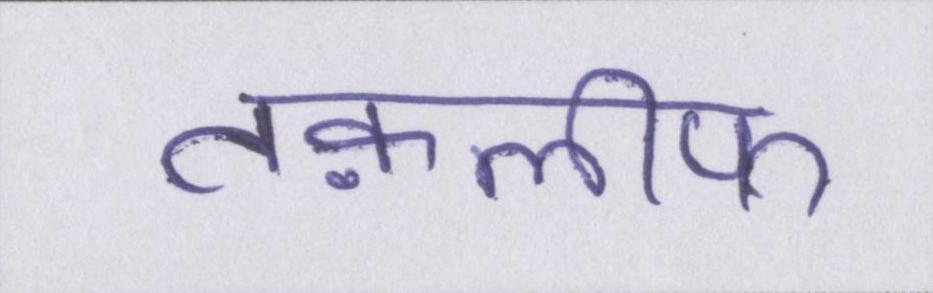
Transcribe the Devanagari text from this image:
तक़लीफ़